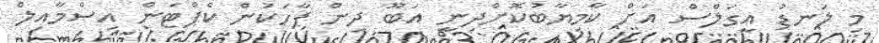
މި ލަނޑު އީގަލްސް އަށް ކާމިޔާބުކޮށްދިނީ އަބޫ ދިން ޕާހަކުން ކެޕްޓަން އިސްމާއިލް